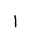
Letter: _alif